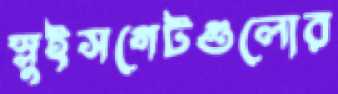
স্লুইসগেটগুলোর